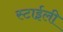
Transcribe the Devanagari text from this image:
स्टाईली